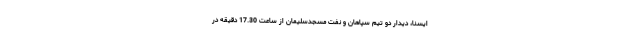
ایسنا، دیدار دو تیم سپاهان و نفت مسجدسلیمان از ساعت 17.30 دقیقه در